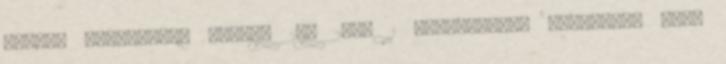
dátum: csütörtök, január 24, 2008 1 megjegyzés: Elnézést, hogy